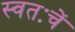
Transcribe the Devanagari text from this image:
स्वतःचें